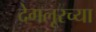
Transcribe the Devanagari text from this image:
देगलूरच्या